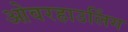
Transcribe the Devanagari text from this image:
ओवरहाउलिंग